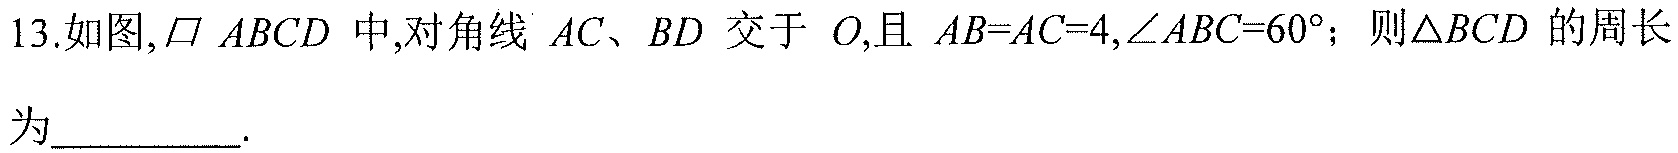
13. 如图,$\parallelogram ABCD$中,对角线$AC、BD$交于$O$,且$AB = AC = 4,\angle ABC = 60^{\circ}$；则$\triangle BCD$的周长为__________.